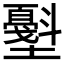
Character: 𰋁